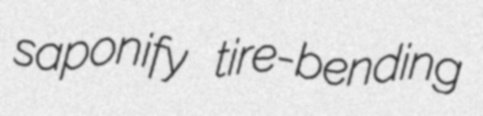
saponify tire-bending